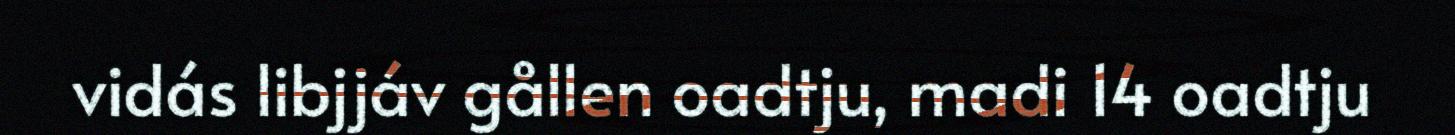
vidás libjjáv gållen oadtju, madi 14 oadtju